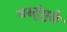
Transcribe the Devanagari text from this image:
वस्तुंमुळे